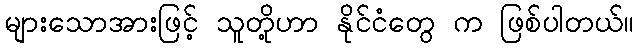
များသောအားဖြင့် သူတို့ဟာ နိုင်ငံတွေ က ဖြစ်ပါတယ်။